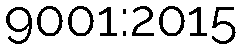
9001:2015